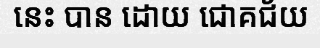
នេះ បាន ដោយ ជោគជ័យ